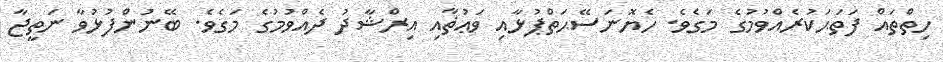
ހިތްތައް ފަތަޙަކުރެއްވުމުގެ މަގެވެ. ހެޔޮނަސޭޙަތްޕުޅާއި ވަޢުޡާއި އިރްޝާދު ދެއްވުމުގެ މަގެވެ. ބޭނުންފުޅުވާ ނަތީޖާ